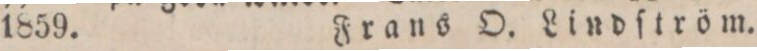
1859.    Frans O. Lindström.